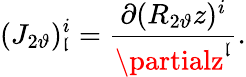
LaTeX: (J_{2\vartheta})_{\mathfrak{l}}^{i}=\frac{{\partial(R_{2\vartheta}z)^{i}}}{{\partialz^{\mathfrak{l}}}}.